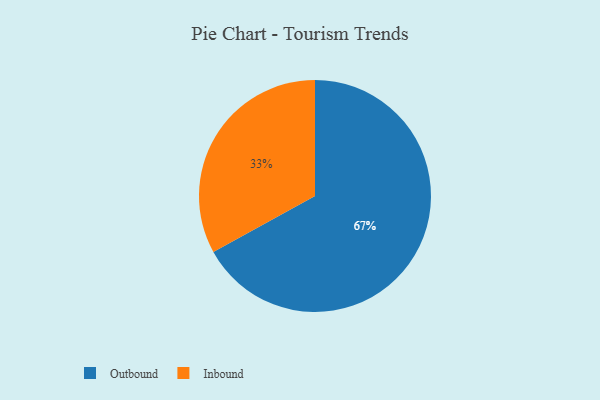
{"axis": {"x": "Category", "y": "Percentage"}, "legend": ["Inbound", "Outbound"], "data": [{"x": "Outbound", "y": 67, "type": "Outbound"}, {"x": "Inbound", "y": 33, "type": "Inbound"}]}